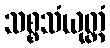
သစ္စသံယုတ္တံ